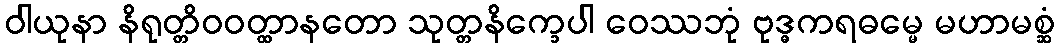
ဝါယုနာ နိရုတ္တိဝဝတ္ထာနတော သုတ္တနိက္ခေပါ ဝေဿဘုံ ဗုဒ္ဓကရဓမ္မေ မဟာမစ္ဆံ